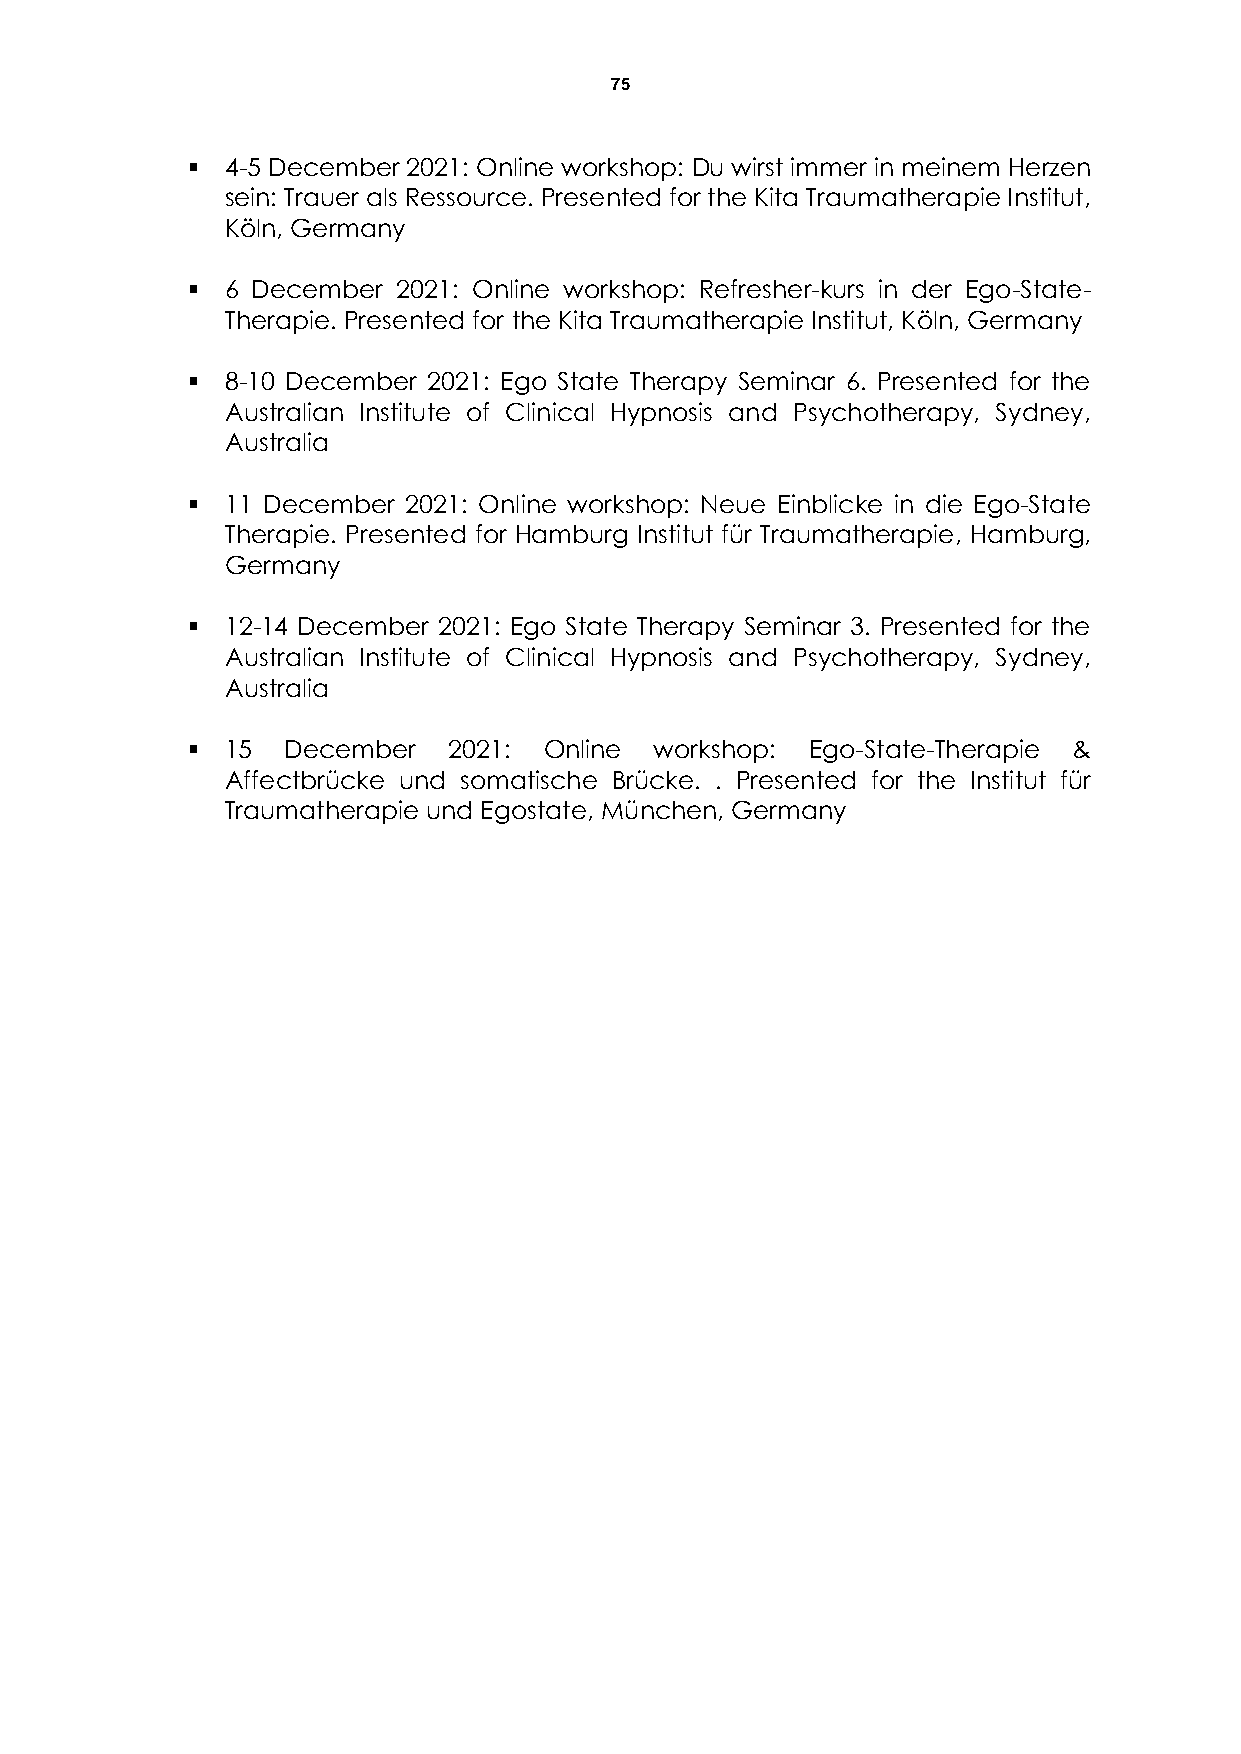
75
   4-5 December 2021: Online workshop: Du wirst immer in meinem Herzen
 sein: Trauer als Ressource. Presented for the Kita Traumatherapie Institut,
 Köln, Germany
   6 December 2021: Online workshop: Refresher-kurs in der Ego-State-
 Therapie. Presented for the Kita Traumatherapie Institut, Köln, Germany
   8-10 December 2021: Ego State Therapy Seminar 6. Presented for the
 Australian Institute of Clinical Hypnosis and Psychotherapy, Sydney,
 Australia
   11 December 2021: Online workshop: Neue Einblicke in die Ego-State
 Therapie. Presented for Hamburg Institut für Traumatherapie, Hamburg,
 Germany
   12-14 December 2021: Ego State Therapy Seminar 3. Presented for the
 Australian Institute of Clinical Hypnosis and Psychotherapy, Sydney,
 Australia
   15  December   2021: Online workshop: Ego-State-Therapie &
 Affectbrücke und somatische Brücke. . Presented for the Institut für
 Traumatherapie und Egostate, München, Germany